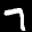
Label: 7